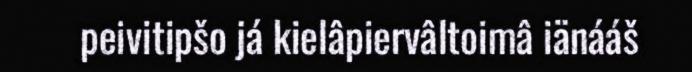
peivitipšo já kielâpiervâltoimâ iänááš